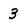
Character: 3